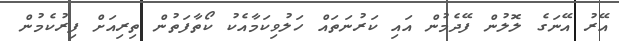
އޭރު އޭނަގެ ލޮލުން ފޭދެމުން އައި ކަރުނަތައް ހަލުވިކަމާއެކު ކޯތާފަތުން ތިރިއަށް ފިރުކެމުން